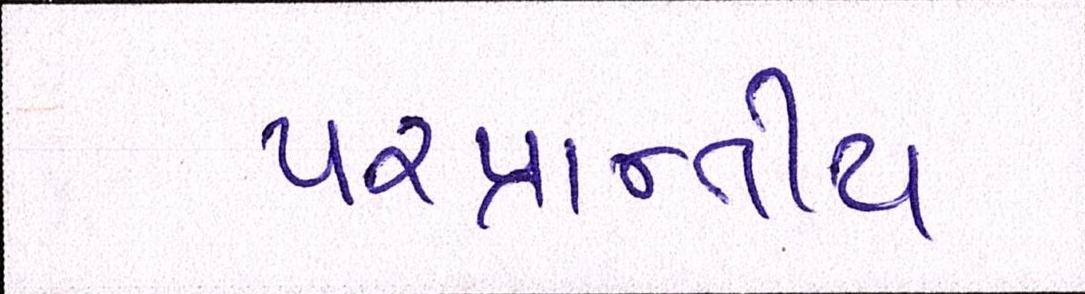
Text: પ૨પ્રાન્તીય